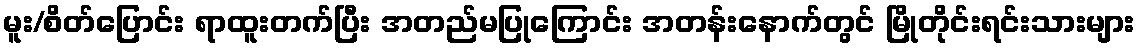
မူး/စိတ်ပြောင်း ရာထူးတက်ပြီး အတည်မပြုကြောင်း အတန်းနောက်တွင် မြိုတိုင်းရင်းသားများ